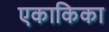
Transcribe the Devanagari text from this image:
एकाकिका